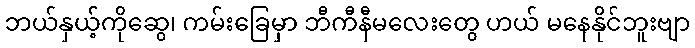
ဘယ်နှယ့်ကိုဆွေ၊ ကမ်းခြေမှာ ဘီကီနီမလေးတွေ ဟယ် မနေနိုင်ဘူးဗျာ